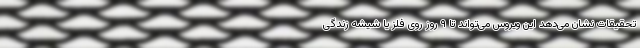
تحقیقات نشان می‌دهد این ویروس می‌تواند تا ۹ روز روی فلز یا شیشه زندگی